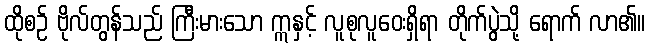
ထိုစဉ် ဗိုလ်တွန်သည် ကြီးမားသော ဣနှင့် လူစုလူဝေးရှိရာ တိုက်ပွဲသို့ ရောက် လာ၏။